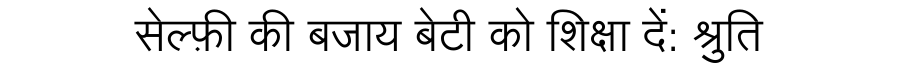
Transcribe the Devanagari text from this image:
सेल्फ़ी की बजाय बेटी को शिक्षा दें: श्रुति